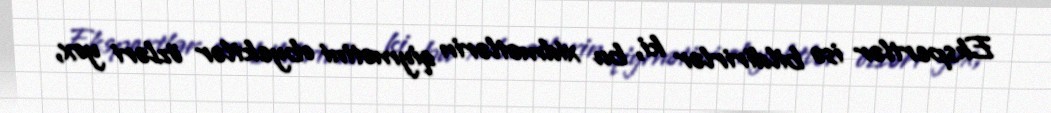
Ekspertlər isə bildirirlər ki, bu xidmətlərin qiymətini obyektlər özləri yox,